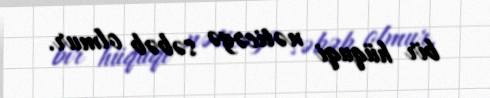
bir hüquqi nəticəyə səbəb olmur.